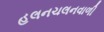
હલનચલનવાળી